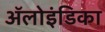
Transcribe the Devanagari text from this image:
ॲलोइंडिका